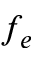
f _ { e }